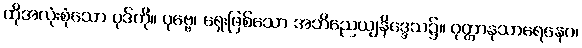
ထိုအလုံးစုံသော ပုဒ်ကို။ ပုဗ္ဗေ၊ ရှေးဖြစ်သော အဘိညေယျနိဒ္ဒေသ၌။ ဝုတ္တာနုသာရေနေဝ၊